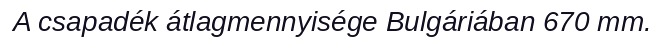
A csapadék átlagmennyisége Bulgáriában 670 mm.